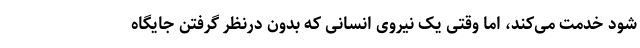
شود خدمت می‌کند، اما وقتی یک نیروی انسانی که بدون درنظر گرفتن جایگاه